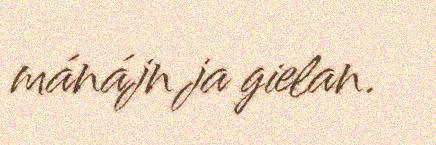
mánájn ja gielan.